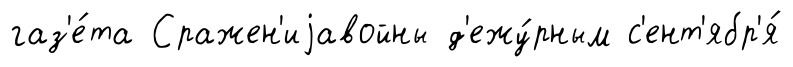
газ'е́та Сражен'иjавойны д'ежу́рным с'ент'ябр'я́